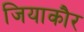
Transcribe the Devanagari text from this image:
जियाकौर